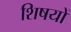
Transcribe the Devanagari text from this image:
शिषयों